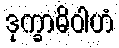
ဒုက္ခာဓိဝါဟံ